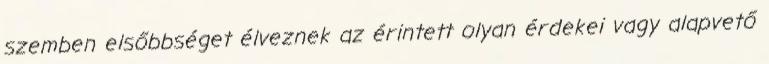
szemben elsőbbséget élveznek az érintett olyan érdekei vagy alapvető